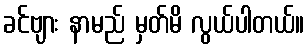
ခင်ဗျား နာမည် မှတ်မိ လွယ်ပါတယ်။